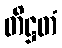
တိဋ္ဌတံ